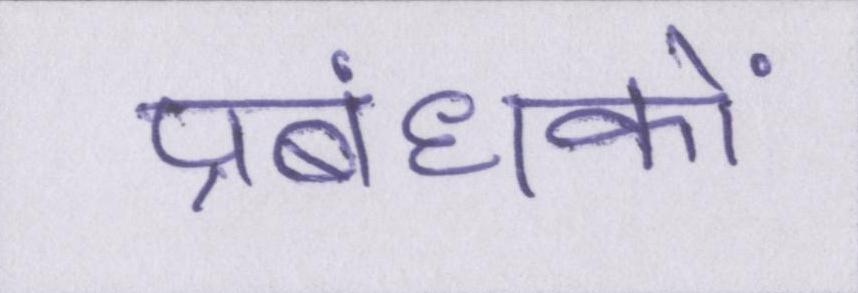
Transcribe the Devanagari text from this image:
प्रबंधकों